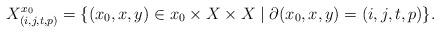
LaTeX: \begin{align*} X^{x_0}_{(i,j,t,p)}=\{(x_0,x,y)\in x_0\times X\times X\mid \partial(x_0,x,y)=(i,j,t,p)\}.\end{align*}